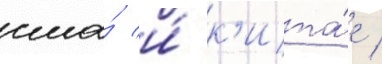
сша́ и́ к'ита́е /